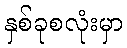
နှစ်ခုစလုံးမှာ